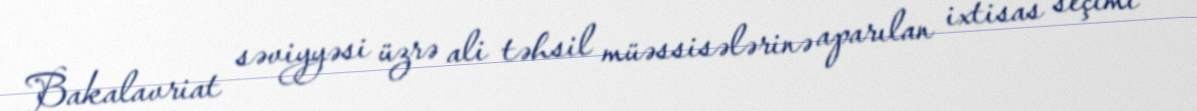
Bakalavriat səviyyəsi üzrə ali təhsil müəssisələrinə aparılan ixtisas seçimi